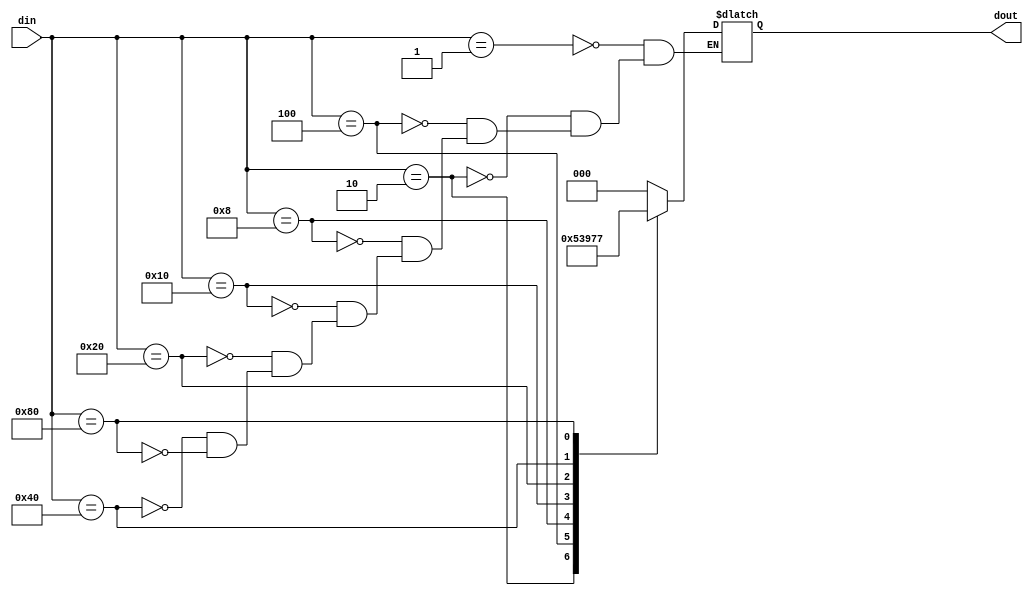
module encoder_8_3(din,dout);
  input [7:0] din;
  output reg[2:0] dout;
  always@(din)
  begin
  case(din)
8'b0000_0001: dout=000;
8'b0000_0010: dout=001;
8'b0000_0100: dout=010;
8'b0000_1000: dout=011;
8'b0001_0000: dout=100;
8'b0010_0000: dout=101;
8'b0100_0000: dout=110;
8'b1000_0000: dout=111;
endcase
end
endmodule